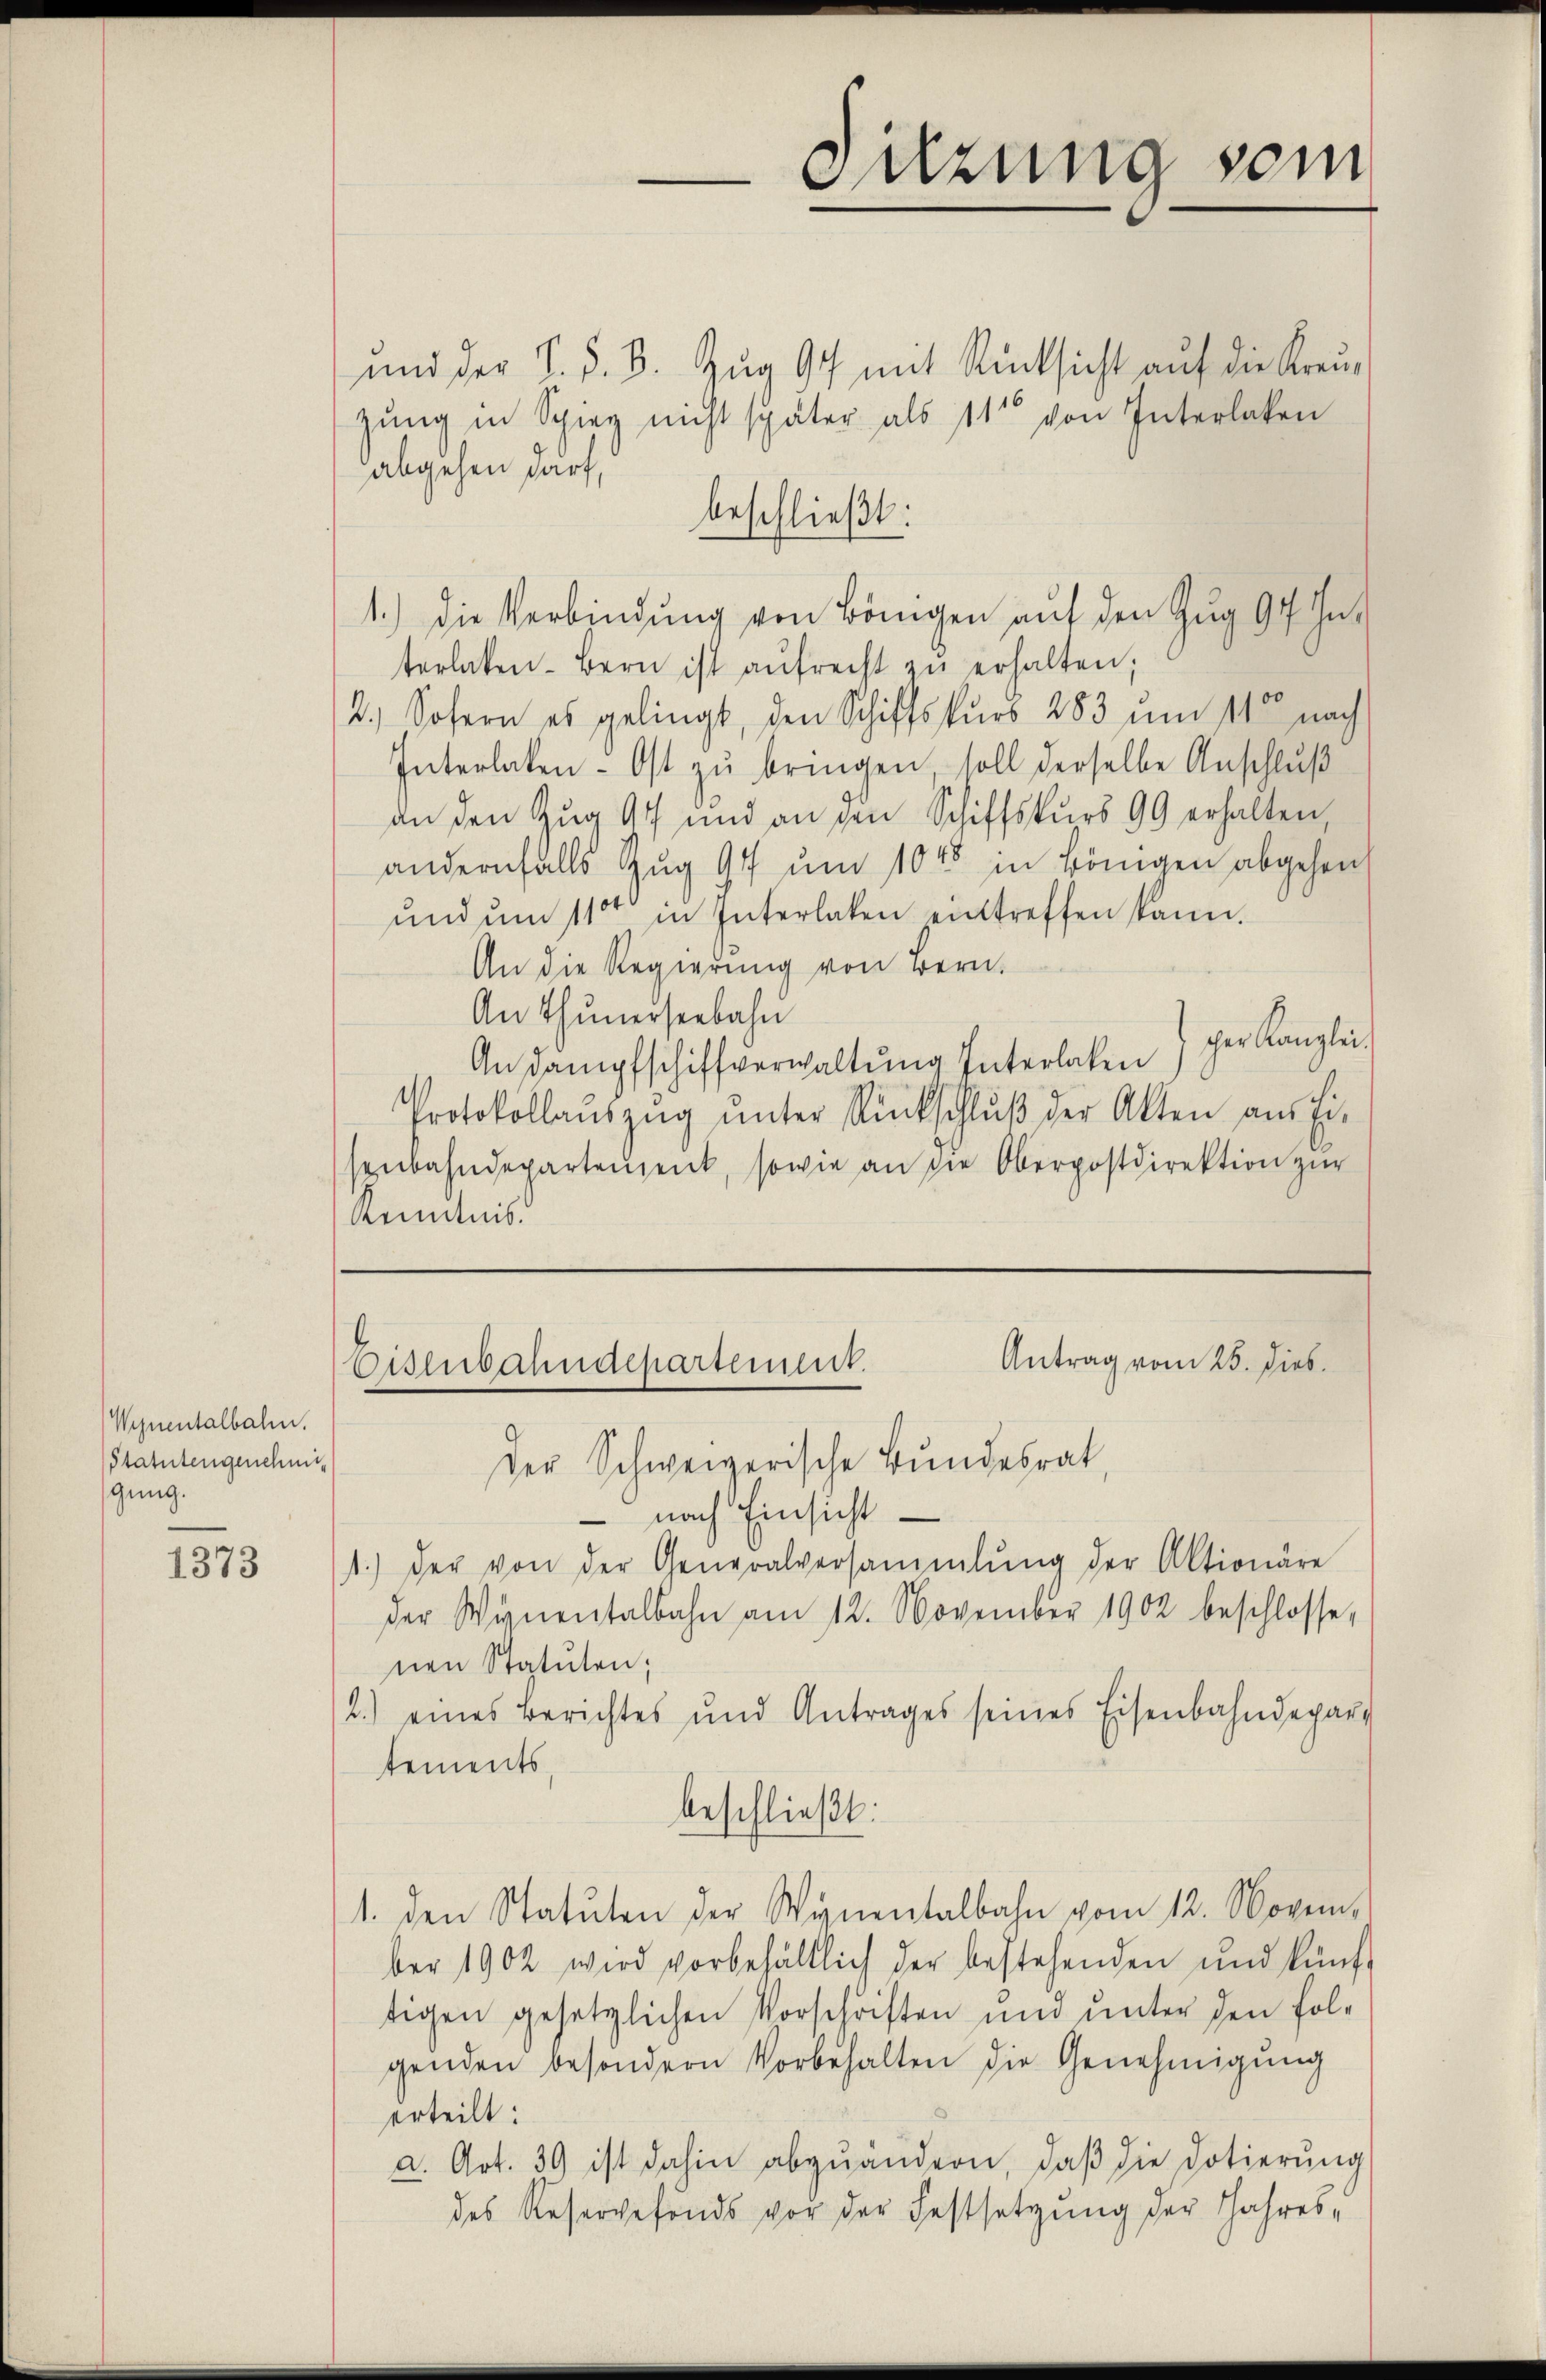
Wynentalbahn.
Statutengenehmig
gung.

1373

Sitzung sein

beschließt:

Antrag vom 25. Dieb.
Eisenbahndepartement.
Der Schweizerische Bundesrat,

und der S. z. B. Zug 97 mit Rücksicht auf die Kreuzung in Spieg nicht später als 11 von Interlaken
abgehen darf,
1.) Die Verbindung von Bönigen auf den Zug 94 Interlaken-Bern ist aŭfrecht zŭ erhalten,
2.) Sofern es gelingt, den Schiffskurs 283 um 11t nach
Interlaßen- Ost zŭ bringen soll derselbe Anschlŭβ
an den Zug 97 und an den Schiffskurs 99 erhalten
andernfalls Zug 97 und 1045 in Bönigen abgehen
ŭnd ŭm 110 in Interlaken entreffen kann.
An die Regierung von Bern.
An Thunerseebahn
An Dampfschiffverwaltung Interlaßen) her Kanzlei
Protokollaŭszŭg ŭnter Rückschlŭβ der Akten aŭs fi-
enbahndepartement, sowie an die Oberpostdirektion zur
Kenntnis.

nach Einsicht
1.) der von der Generalversammlung der Aktionäre
der Wynentalbahn am 12. November 1902 beschlosse,
nen Statuten;
2.) eines Berichtes und Antrages seines Eisenbahndepart
tements,
beschließt:
1. den Statuten der Wynentalbahn vom 12. November 1902 wird vorbehältlich der bestehenden und künf-
tigen gesetzlichen Vorschriften und unter den folgenden besondern Vorbehalten die Genehmigŭng
erteilt:
a. Art. 39 ist dahin abzuändern, daß die Dotierung
des Reservefonds vor der Festsetzung der Jahres-